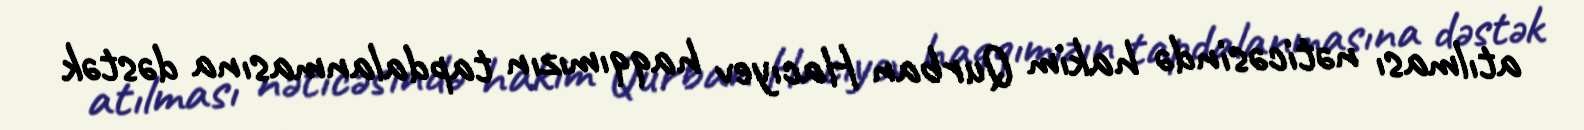
atılması nəticəsində hakim Qurban Hacıyev haqqımızın tapdalanmasına dəstək